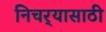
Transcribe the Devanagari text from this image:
निचर्‍यासाठी